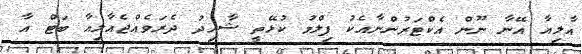
އާލިއާ އޭނާ ނޫން އެކްޓަރުންނާއެކު ފިލްމު ކުޅޭތީ ޝާހިދު ދެރަވެއްޖެއާލިއާ ބަޓް އާ